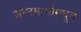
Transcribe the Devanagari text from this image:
अन्नमार्गामधून